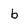
Character: b